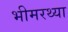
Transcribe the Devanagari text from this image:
भीमरथ्या